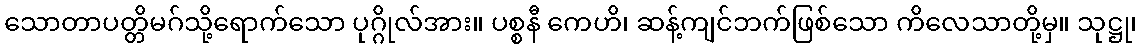
သောတာပတ္တိမဂ်သို့ရောက်သော ပုဂ္ဂိုလ်အား။ ပစ္စနီ ကေဟိ၊ ဆန့်ကျင်ဘက်ဖြစ်သော ကိလေသာတို့မှ။ သုဋ္ဌု၊